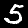
Label: 5